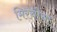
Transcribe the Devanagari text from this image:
मिरचीचा